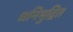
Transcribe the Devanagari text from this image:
धनिमुद्रित